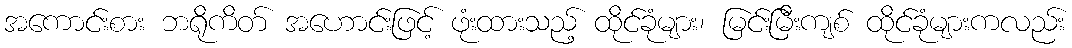
အကောင်းစား ဘရိုကိတ် အဟောင်းဖြင့် ဖုံးထားသည့် ထိုင်ခုံများ၊ မြင်းမြီးကျစ် ထိုင်ခုံများကလည်း